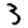
Digit: 3